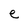
Character: e